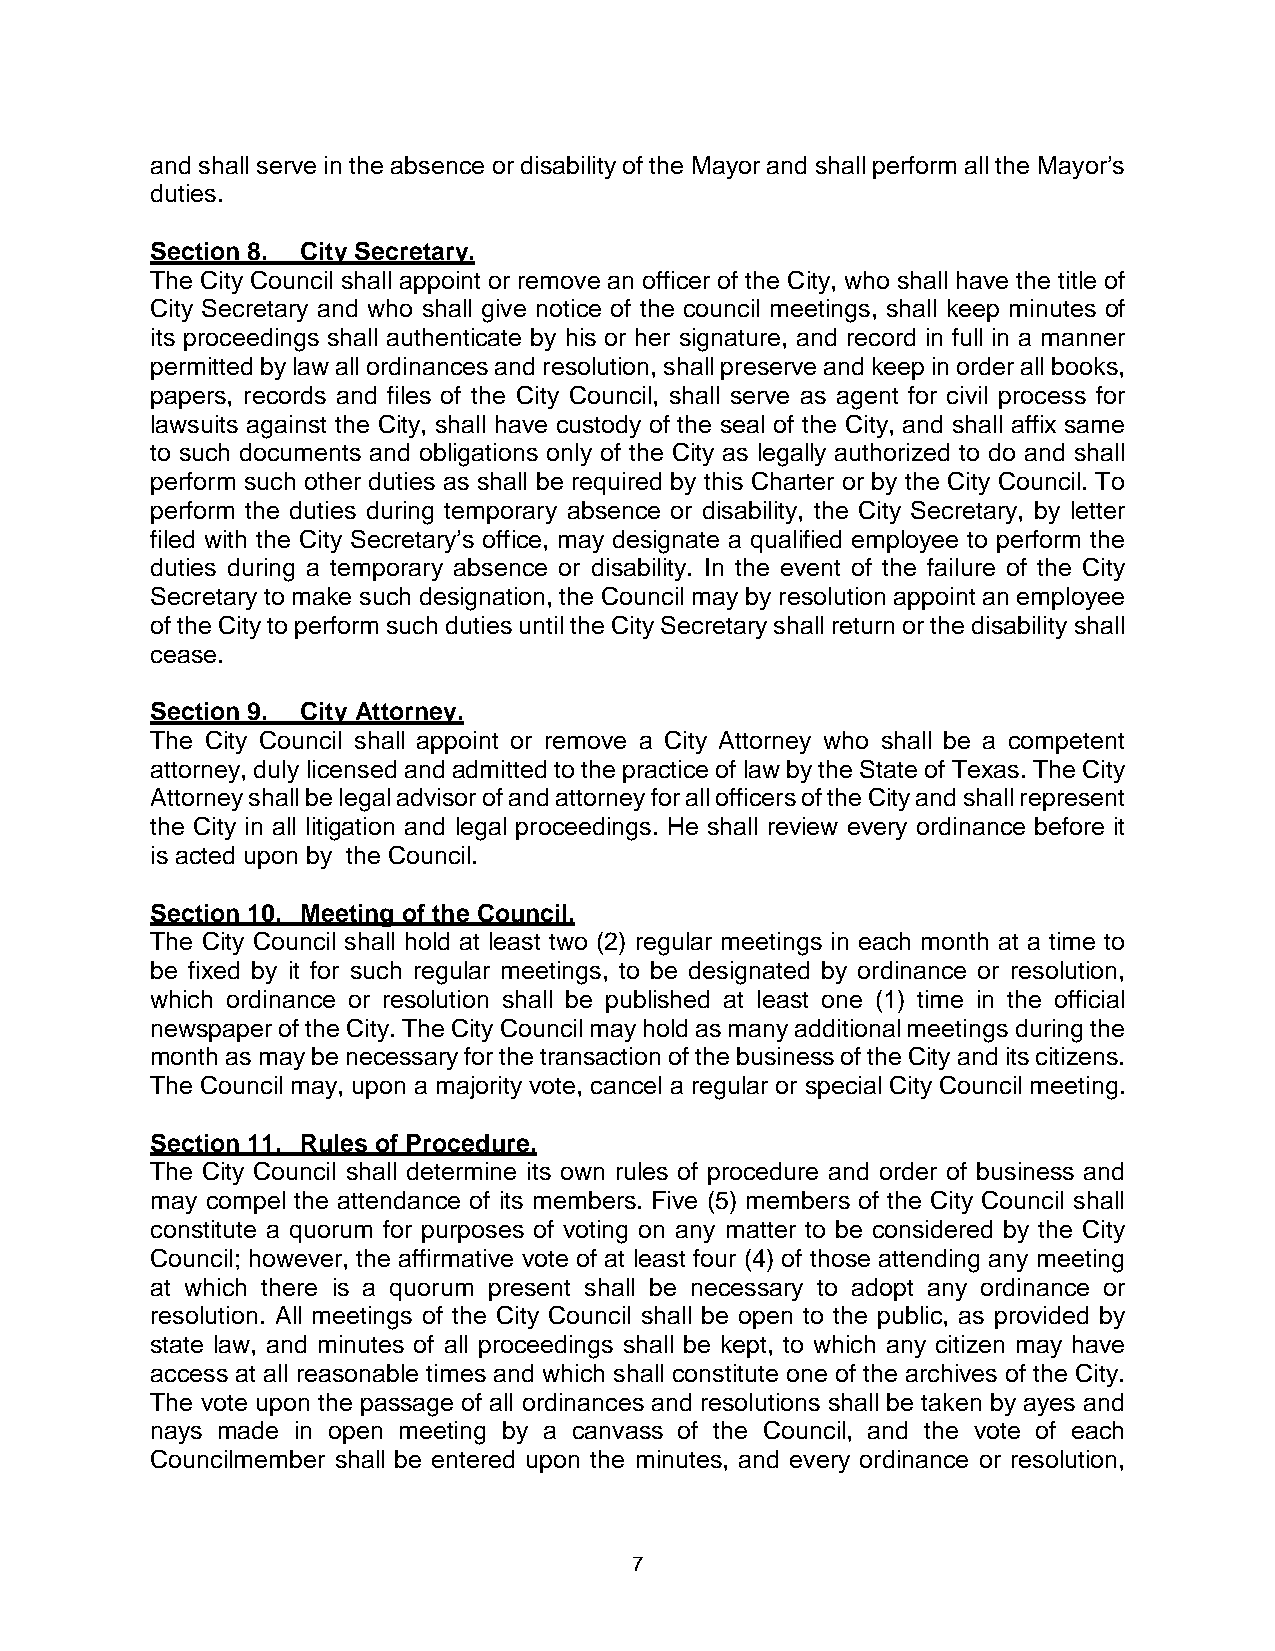
and shall serve in the absence or disability of the Mayor and shall perform all the Mayor’s
 duties.
 Section 8. City Secretary.
 The City Council shall appoint or remove an officer of the City, who shall have the title of
 City Secretary and who shall give notice of the council meetings, shall keep minutes of
 its proceedings shall authenticate by his or her signature, and record in full in a manner
 permitted by law all ordinances and resolution, shall preserve and keep in order all books,
 papers, records and files of the City Council, shall serve as agent for civil process for
 lawsuits against the City, shall have custody of the seal of the City, and shall affix same
 to such documents and obligations only of the City as legally authorized to do and shall
 perform such other duties as shall be required by this Charter or by the City Council. To
 perform the duties during temporary absence or disability, the City Secretary, by letter
 filed with the City Secretary’s office, may designate a qualified employee to perform the
 duties during a temporary absence or disability. In the event of the failure of the City
 Secretary to make such designation, the Council may by resolution appoint an employee
 of the City to perform such duties until the City Secretary shall return or the disability shall
 cease.
 Section 9. City Attorney.
 The City Council shall appoint or remove a City Attorney who shall be a competent
 attorney, duly licensed and admitted to the practice of law by the State of Texas. The City
 Attorney shall be legal advisor of and attorney for all officers of the City and shall represent
 the City in all litigation and legal proceedings. He shall review every ordinance before it
 is acted upon by the Council.
 Section 10. Meeting of the Council.
 The City Council shall hold at least two (2) regular meetings in each month at a time to
 be fixed by it for such regular meetings, to be designated by ordinance or resolution,
 which ordinance or resolution shall be published at least one (1) time in the official
 newspaper of the City. The City Council may hold as many additional meetings during the
 month as may be necessary for the transaction of the business of the City and its citizens.
 The Council may, upon a majority vote, cancel a regular or special City Council meeting.
 Section 11. Rules of Procedure.
 The City Council shall determine its own rules of procedure and order of business and
 may compel the attendance of its members. Five (5) members of the City Council shall
 constitute a quorum for purposes of voting on any matter to be considered by the City
 Council; however, the affirmative vote of at least four (4) of those attending any meeting
 at which there is a quorum present shall be necessary to adopt any ordinance or
 resolution. All meetings of the City Council shall be open to the public, as provided by
 state law, and minutes of all proceedings shall be kept, to which any citizen may have
 access at all reasonable times and which shall constitute one of the archives of the City.
 The vote upon the passage of all ordinances and resolutions shall be taken by ayes and
 nays made in open meeting by a canvass of the Council, and the vote of each
 Councilmember shall be entered upon the minutes, and every ordinance or resolution,
 7